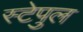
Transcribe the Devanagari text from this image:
स्टेपुल